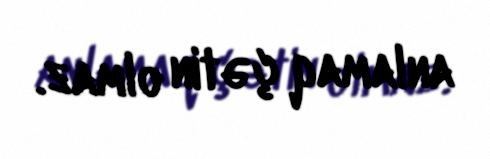
anlamaq çətin olmaz.